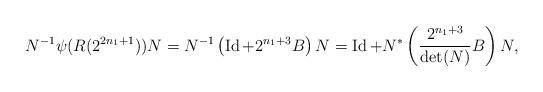
LaTeX: \begin{align*}N^{-1} \psi(R(2^{2n_1+1})) N = N^{-1}\left(\operatorname{Id}+2^{n_1+3}B\right)N = \operatorname{Id} + N^* \left( \frac{2^{n_1+3}}{\det(N)} B \right) N,\end{align*}